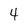
Character: 4